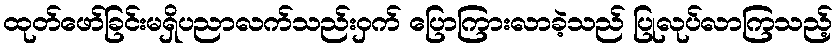
ထုတ်ဖော်ခြင်းမရှိပညာလက်သည်းဝှက် ပြောကြားလာခဲ့သည် ပြုလုပ်လာကြသည့်